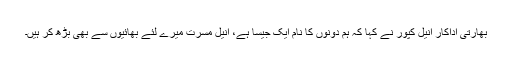
بھارتی اداکار انیل کپور نے کہا کہ ہم دونوں کا نام ایک جیسا ہے، انیل مسرت میرے لئے بھائیوں سے بھی بڑھ کر ہیں۔